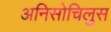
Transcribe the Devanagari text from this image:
अनिसोचिलुस